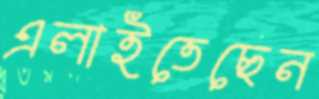
এলাইতেছেন